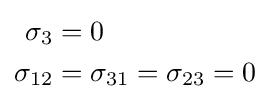
{\begin{aligned}\sigma _{3}&=0\!\\\sigma _{12}&=\sigma _{31}=\sigma _{23}=0\!\end{aligned}}